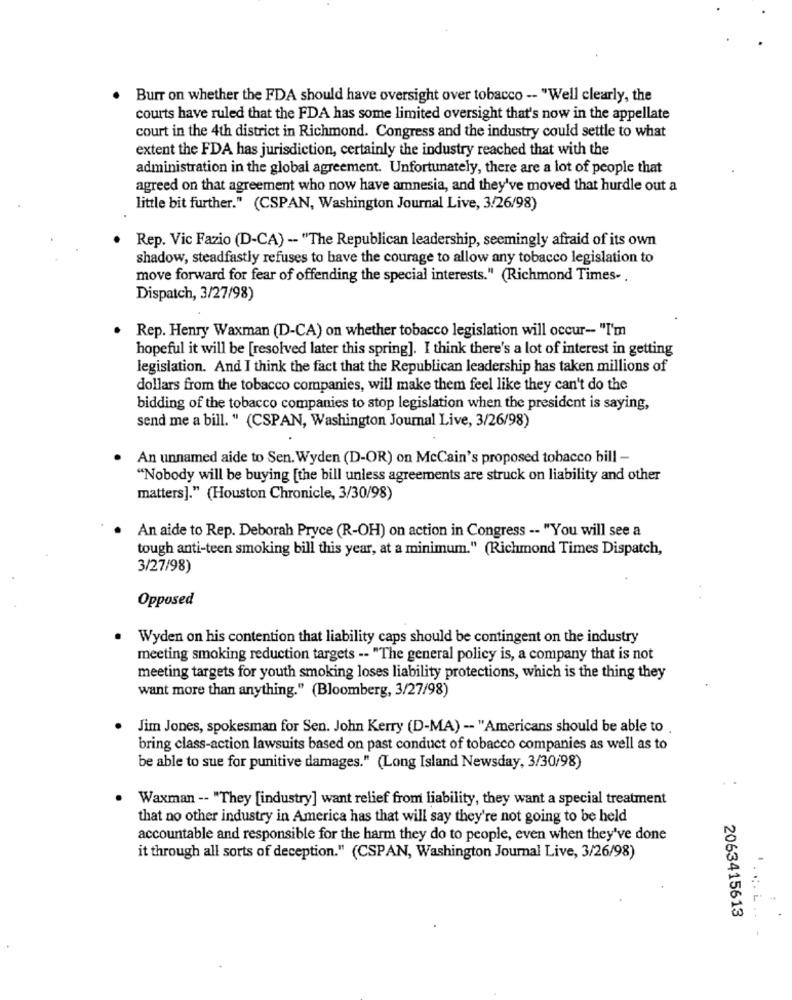
Burr on whether the FDA should have oversight over tobacco -- "Well clearly, the
courts have ruled that the FDA has some limited oversight that's now in the appellate
court in the 4th district in Richmond. Congress and the industry could settle to what
extent the FDA has jurisdiction, certainly the industry reached that with the
administration in the global agreement. Unfortunately, there are a lot of people that
agreed on that agreement who now have amnesia, and they've moved that hurdle out a
little bit further." (CSPAN, Washington Journal Live, 3/26/98)
Rep. Vic Fazio (D-CA) -- "The Republican leadership, seemingly afraid of its own
shadow, steadfastly refuses to have the courage to allow any tobacco legislation to
move forward for fear of offending the special interests." (Richmond Times- .
Dispatch, 3/27/98)
. Rep. Henry Waxman (D-CA) on whether tobacco legislation will occur- "I'm
hopeful it will be [resolved later this spring]. I think there's a lot of interest in getting
legislation. And I think the fact that the Republican leadership has taken millions of
dollars from the tobacco companies, will make them feel like they can't do the
bidding of the tobacco companies to stop legislation when the president is saying,
send me a bill. " (CSPAN, Washington Journal Live, 3/26/98)
An unnamed aide to Sen. Wyden (D-OR) on McCain's proposed tobacco bill -
"Nobody will be buying [the bill unless agreements are struck on liability and other
matters]." (Houston Chronicle, 3/30/98)
An aide to Rep. Deborah Pryce (R-OH) on action in Congress -- "You will see a
tough anti-teen smoking bill this year, at a minimum." (Richmond Times Dispatch,
3/27/98)
Opposed
Wyden on his contention that liability caps should be contingent on the industry
meeting smoking reduction targets -- "The general policy is, a company that is not
meeting targets for youth smoking loses liability protections, which is the thing they
want more than anything." (Bloomberg, 3/27/98)
Jim Jones, spokesman for Sen. John Kerry (D-MA) -- "Americans should be able to
bring class-action lawsuits based on past conduct of tobacco companies as well as to
be able to sue for punitive damages." (Long Island Newsday, 3/30/98)
Waxman -- "They [industry] want relief from liability, they want a special treatment
that no other industry in America has that will say they're not going to be held
accountable and responsible for the harm they do to people, even when they've done
it through all sorts of deception." (CSPAN, Washington Journal Live, 3/26/98)
2063415613